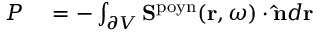
\begin{array} { r l } { P } & { { } = - \int _ { \partial V } \mathbf { S } ^ { \mathrm { p o y n } } ( \mathbf { r } , \omega ) \cdot \mathbf { \hat { n } } d \mathbf { r } } \end{array}